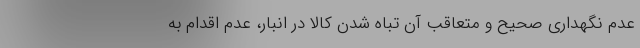
عدم نگهداری صحیح و متعاقب آن تباه شدن کالا در انبار، عدم اقدام به